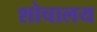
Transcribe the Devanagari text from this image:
शोचालय